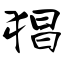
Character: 猖